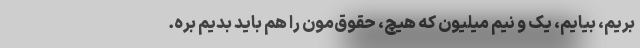
بریم، بیایم، یک و نیم میلیون که هیچ، حقوق‌مون را هم باید بدیم بره.